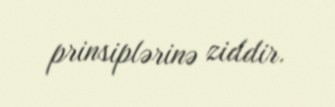
prinsiplərinə ziddir.